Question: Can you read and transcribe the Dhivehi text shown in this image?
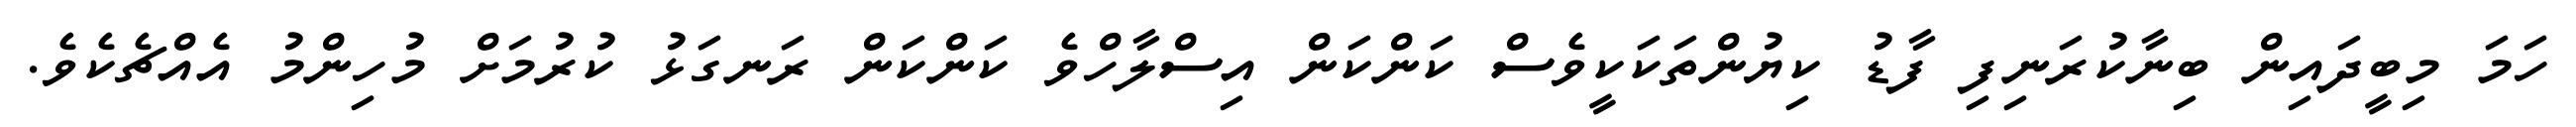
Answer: ހަމަ މިބީދައިން ބިނާކުރަނިފި ފާޑު ކިޔުންތަކަކީވެސް ކަންކަން އިސްލާހްވެ ކަންކަން ރަނގަޅު ކުރުމަށް މުހިންމު އެއްޗެކެވެ.